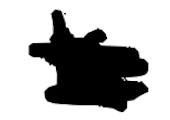
Text: K.
Cross-out: scratch
Writing tool: digital_black